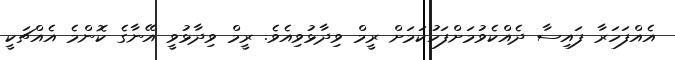
އެއްފަހަރާ ފައިސާ ދެއްކެވުމަށްފަހުކަމަށް ރީމް ވިދާޅުވިއެވެ. ރީމް ވިދާޅުވީ އޭނާގެ ކޮންމެ އެއްޗަކީ